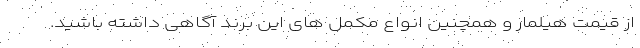
از قیمت هیلمار و همچنین انواع مکمل های این برند آگاهی داشته باشید.